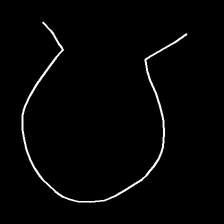
Glyph: weave